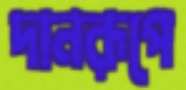
দানরূপে